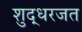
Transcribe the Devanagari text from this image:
शुद्धरजत